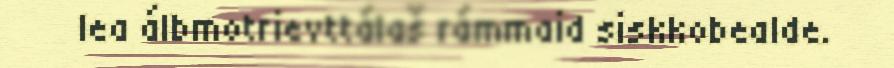
lea álbmotrievttálaš rámmaid siskkobealde.